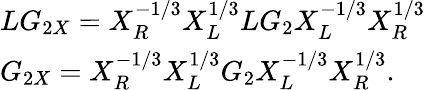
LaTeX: \begin{array}{l}{{LG_{2X}=X_{R}^{-1/3}X_{L}^{1/3}LG_{2}X_{L}^{-1/3}X_{R}^{1/3}}}\\ {{G_{2X}=X_{R}^{-1/3}X_{L}^{1/3}G_{2}X_{L}^{-1/3}X_{R}^{1/3}.}}\end{array}